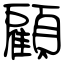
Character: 顧